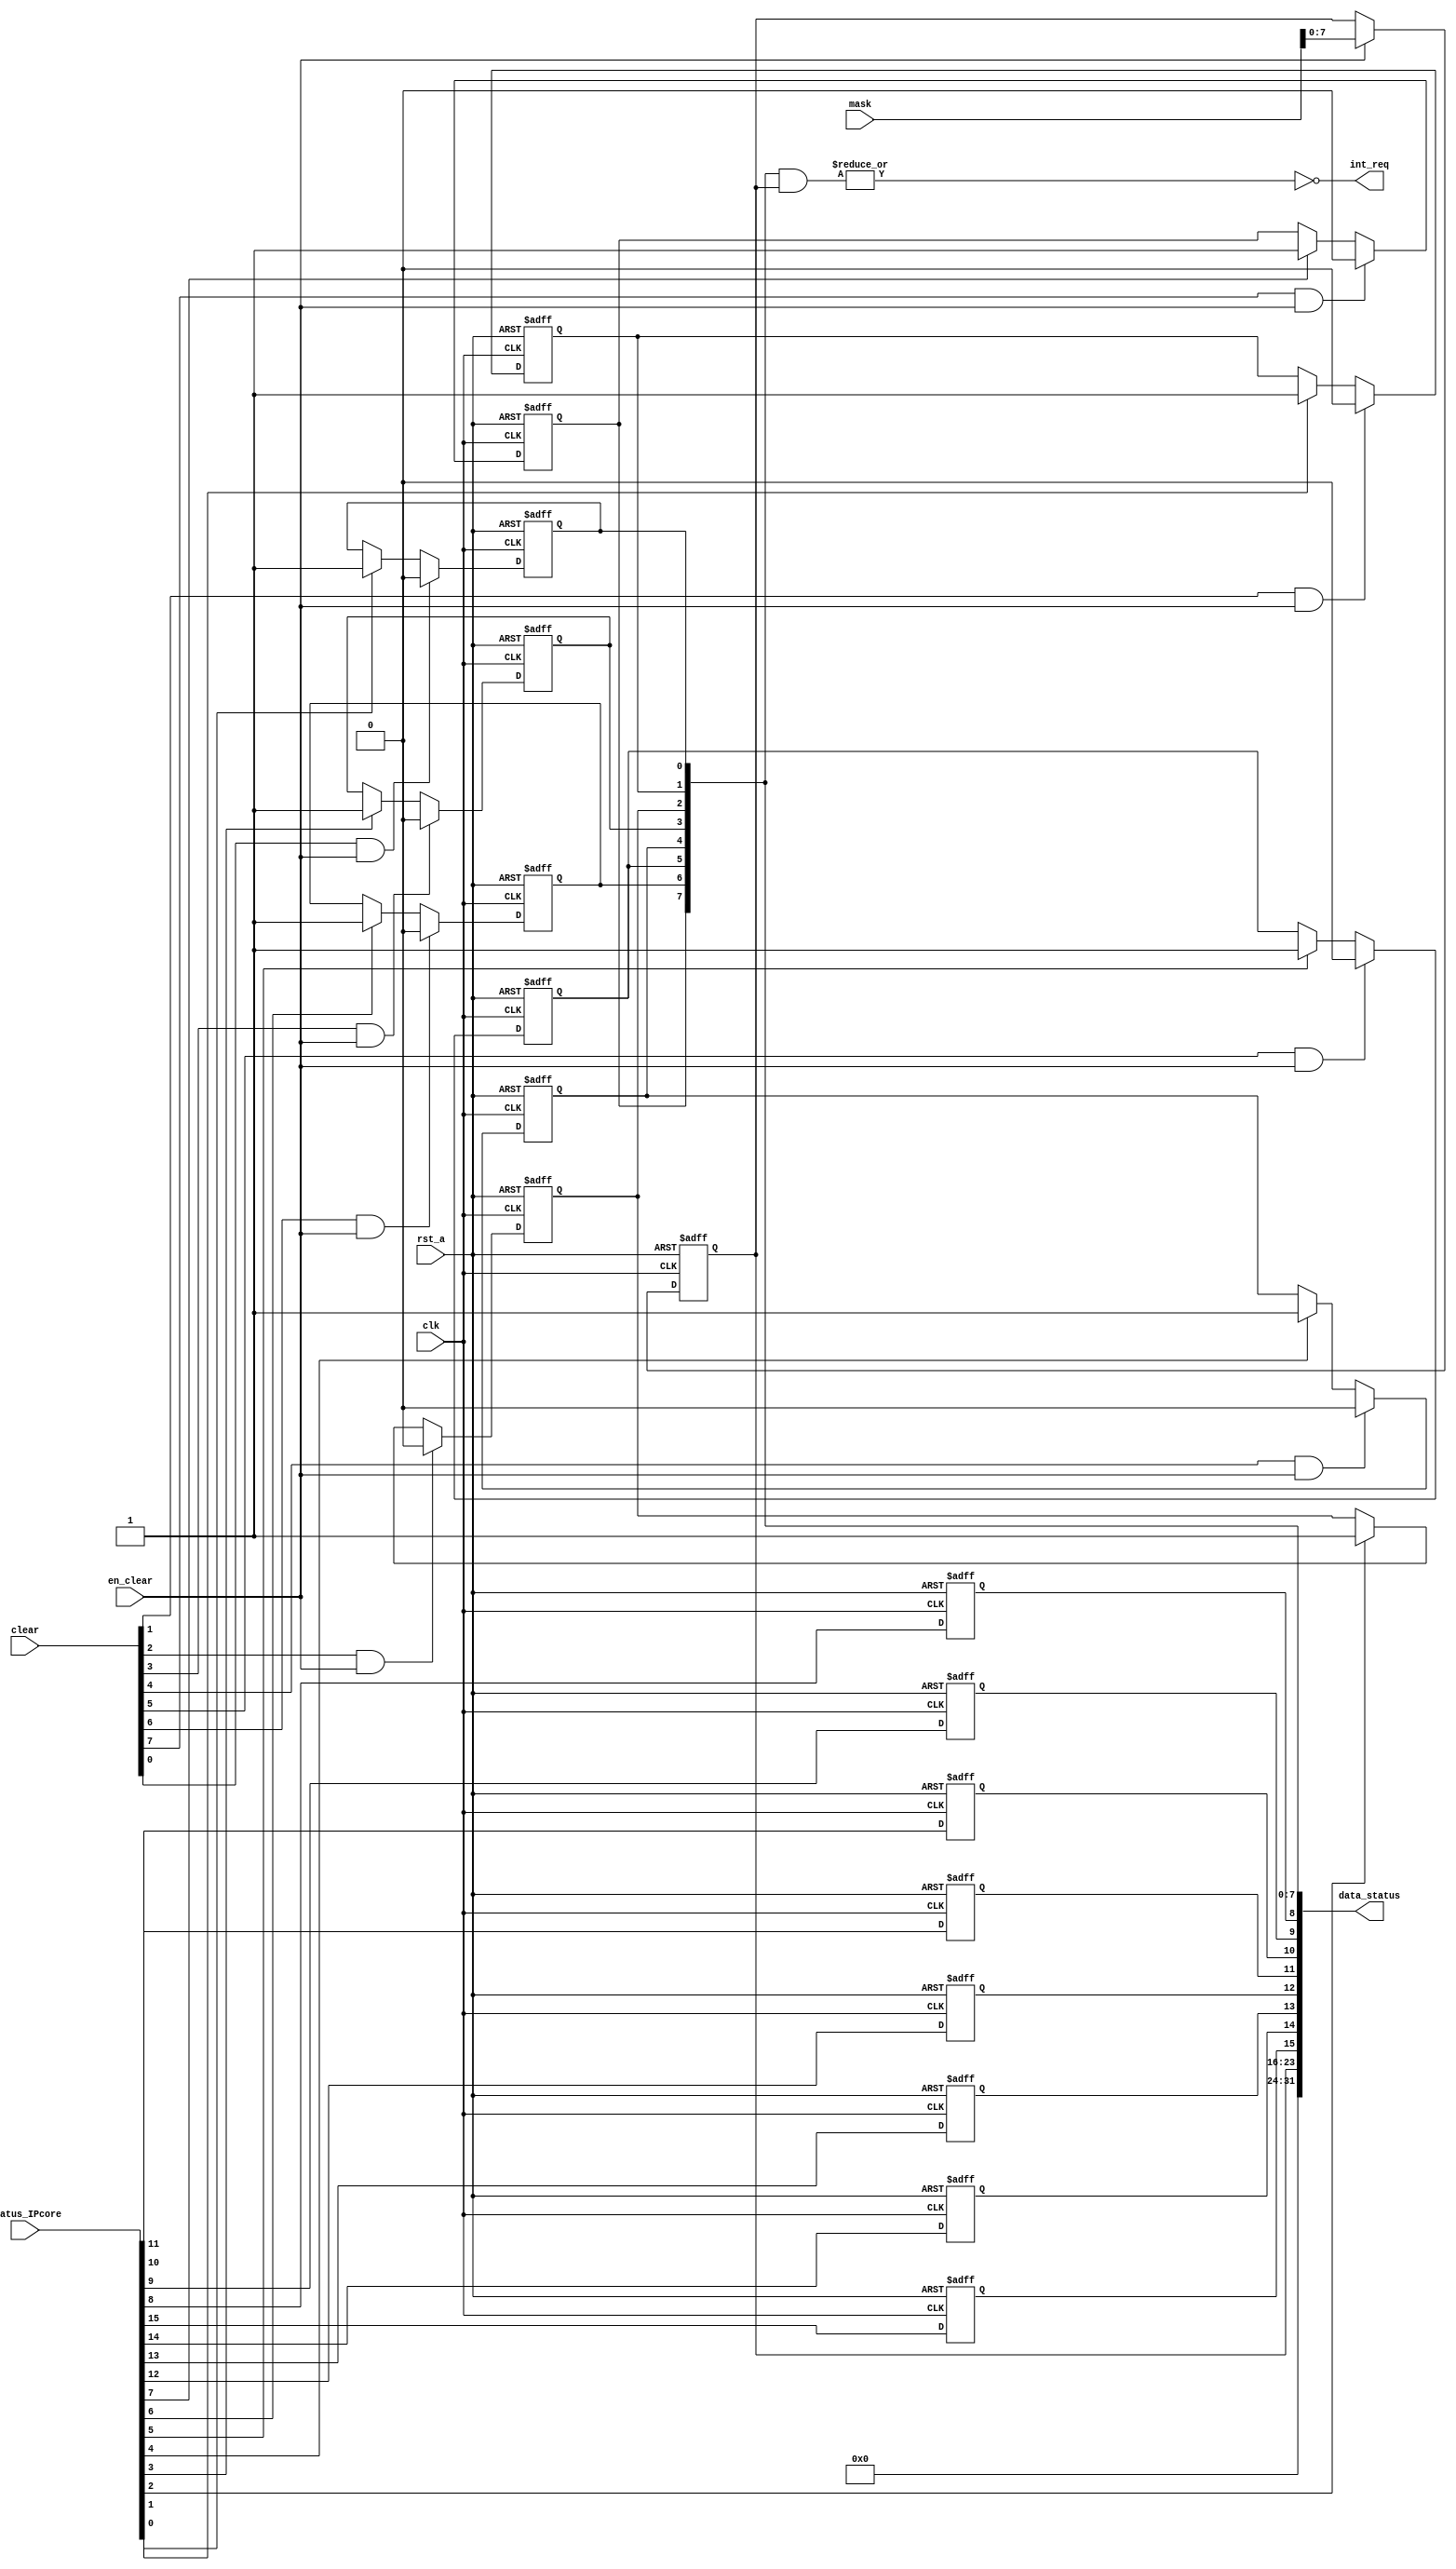
/*
 * Module Name:    status 
 * Description:    IP-core Status Register.
 * - If you're an IP-core designer, don't change the file.
 * Revision: 
 * Revision 0.1 - File Created
 * Additional Comments:
 *
 */

/*
-------------------------------------------------------------------------------------------------
|                                   STATUS/INTERRUPTION FLAGS                                   |
-------------------------------------------------------------------------------------------------
|     7     |     6     |     5     |     4     |     3     |     2     |     1     |     0     |
-------------------------------------------------------------------------------------------------
|     UD    |     UD    |     UD    |     UD    |     UD    |     UD    |     UD    |   Done    |
-------------------------------------------------------------------------------------------------
|     15    |     14    |     13    |     12    |     11    |     10    |     9     |     8     |
-------------------------------------------------------------------------------------------------
|     UD    |     UD    |     UD    |     UD    |     UD    |     UD    |     UD    |   Busy    |
-------------------------------------------------------------------------------------------------
UD = User Define
*/

module status
#(
    parameter SIZE_REG      = 'd32,
    parameter STAT_WIDTH    = 'd16
)
(
    input   wire                        clk,
    input   wire                        rst_a,
    input   wire                        en_clear,       //enable to clear the flags
    input   wire    [STAT_WIDTH-1:0]    clear,          //set in 1 all flags to clear
    input   wire    [STAT_WIDTH-1:0]    mask,           //set in 1 all flags can send a interruption
    input   wire    [STAT_WIDTH-1:0]    status_IPcore,  //data of IP-core to set the flags value
    output  wire    [SIZE_REG-1:0]      data_status,    //data IP-core status value
    output  wire                        int_req         //interruption request
);

    reg [STAT_WIDTH-1:0]  regStatus;
    reg [(STAT_WIDTH/2)-1:0]  maskStatus;

    assign data_status  = {maskStatus,regStatus};
    assign int_req      = ~|(regStatus[7:0] & maskStatus[7:0]); 

    genvar i;

    generate
        for ( i = 0; i < STAT_WIDTH; i = i+1 ) begin : buff
            if (i >= 8) begin       // Status flags
                always @ (posedge clk or negedge rst_a) begin
                    if(!rst_a)
                        regStatus[i] <= 1'b0;
                    else begin
                        regStatus[i] <= status_IPcore[i];
                    end
                end
            end
            else begin              // Interruption flags
                always @ (posedge clk or negedge rst_a) begin
                    if(!rst_a)
                        regStatus[i] <= 1'b0;
                    else begin
                        if (clear[i] & en_clear)
                            regStatus[i] <= 1'b0;
                        else if (status_IPcore[i])
                            regStatus[i] <= 1'b1;
                        else
                            regStatus[i] <= regStatus[i];
                    end
                end
            end
        end
    endgenerate
    
    always @(posedge clk or negedge rst_a) begin
        if(!rst_a)
            maskStatus      <=  {(STAT_WIDTH/2){1'b0}};
        else if(en_clear)
            maskStatus      <=  mask[7:0];
    end

endmodule